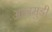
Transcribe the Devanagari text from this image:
आनमुडी